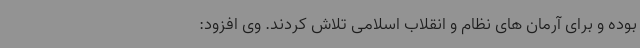
بوده و برای آرمان های نظام و انقلاب اسلامی تلاش کردند. وی افزود: